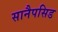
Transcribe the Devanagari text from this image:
सानैपसिड